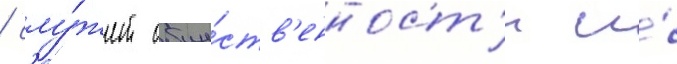
/ слу́жит обще́ств'енност'и и́